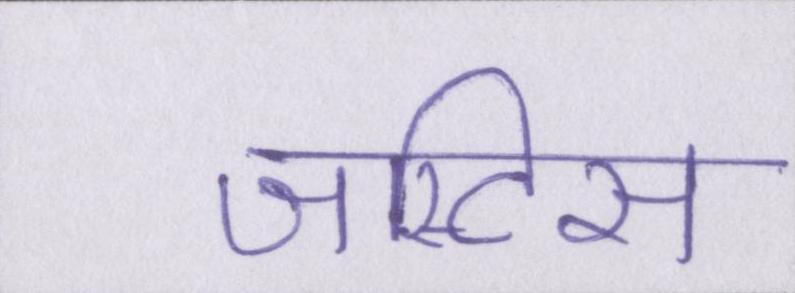
जस्टिस